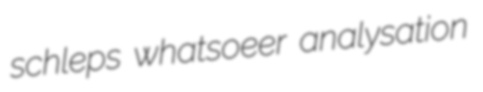
schleps whatsoeer analysation